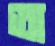
অ